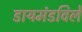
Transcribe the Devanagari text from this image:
डायमंडविले